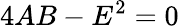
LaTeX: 4AB-E^{2}=0